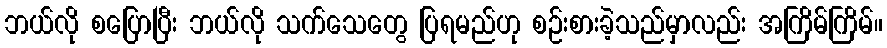
ဘယ်လို စပြောပြီး ဘယ်လို သက်သေတွေ ပြရမည်ဟု စဉ်းစားခဲ့သည်မှာလည်း အကြိမ်ကြိမ်။